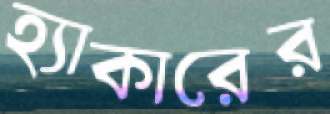
হ্যাকারের